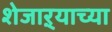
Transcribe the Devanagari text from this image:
शेजाऱ्याच्या